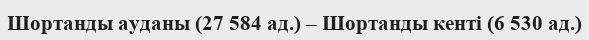
Шортанды ауданы (27 584 ад.) – Шортанды кенті (6 530 ад.)